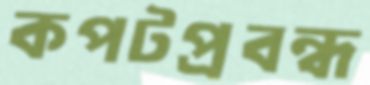
কপটপ্রবন্ধ